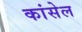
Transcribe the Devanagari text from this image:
कांसेल